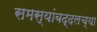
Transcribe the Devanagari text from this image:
समस्यांबद्दलच्या